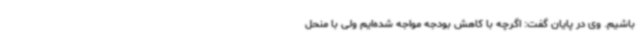
باشیم. وی در پایان گفت: اگرچه با کاهش بودجه مواجه شده‌ایم ولی با منحل